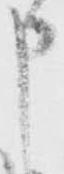
申